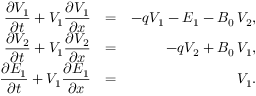
\begin{array} { r l r } { \displaystyle { \frac { \partial V _ { 1 } } { \partial t } } + V _ { 1 } \displaystyle { \frac { \partial V _ { 1 } } { \partial x } } } & { = } & { - q V _ { 1 } - E _ { 1 } - B _ { 0 } \, V _ { 2 } , } \\ { \displaystyle { \frac { \partial V _ { 2 } } { \partial t } } + V _ { 1 } \displaystyle { \frac { \partial V _ { 2 } } { \partial x } } } & { = } & { - q V _ { 2 } + B _ { 0 } \, V _ { 1 } , } \\ { \displaystyle { \frac { \partial E _ { 1 } } { \partial t } } + V _ { 1 } \displaystyle { \frac { \partial E _ { 1 } } { \partial x } } } & { = } & { V _ { 1 } . } \end{array}